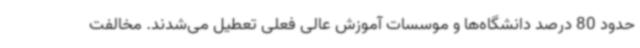
حدود 80 درصد دانشگاه‌ها و موسسات آموزش عالی فعلی تعطیل می‌شدند. مخالفت